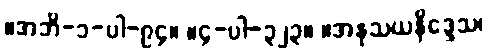
။အဘိ-၁-ပါ-၉၄။ ။၄-ပါ-၃၂၃။ ။အနုသယနိဒ္ဒေသ၊